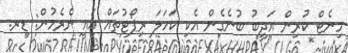
މިނެޓް ކުރިން އަދީބު ބުނެގެން އެކި ކަހަލަ ރިޕޯޓުތައް އައީ ނެރެމުން: ޑރ.